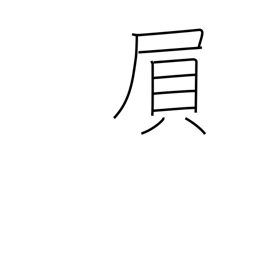
Meaning: exerting strength